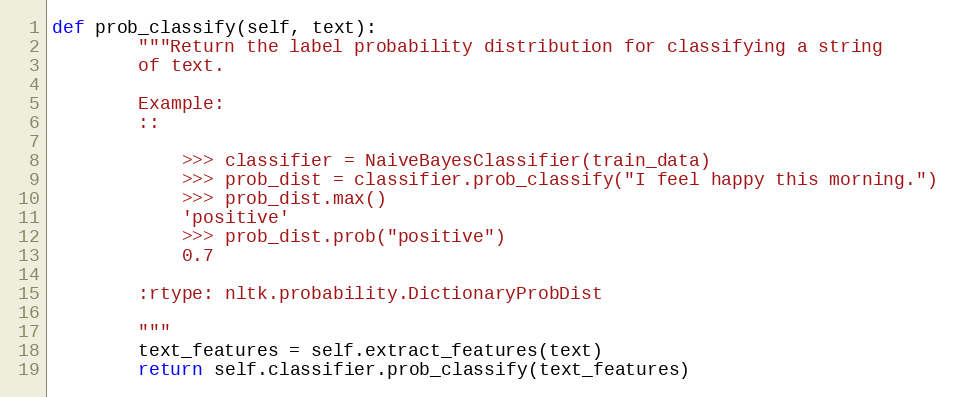
Language: Python
def prob_classify(self, text):
        """Return the label probability distribution for classifying a string
        of text.

        Example:
        ::

            >>> classifier = NaiveBayesClassifier(train_data)
            >>> prob_dist = classifier.prob_classify("I feel happy this morning.")
            >>> prob_dist.max()
            'positive'
            >>> prob_dist.prob("positive")
            0.7

        :rtype: nltk.probability.DictionaryProbDist

        """
        text_features = self.extract_features(text)
        return self.classifier.prob_classify(text_features)